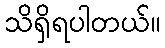
သိရှိရပါတယ်။